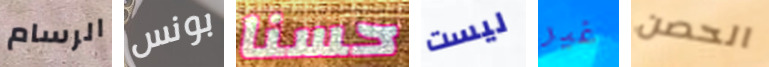
الرسام بونس حسنا ليست غير الحصن